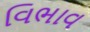
વિભાવ